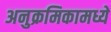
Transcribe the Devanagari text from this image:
अनुक्रमिकामध्ये